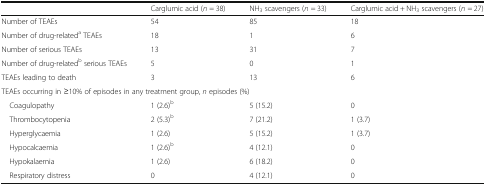
<table><thead><tr><td></td><td><b>Carglumic acid (<i>n</i> = 38)</b></td><td><b>NH<sub>3</sub> scavengers (<i>n</i> = 33)</b></td><td><b>Carglumic acid + NH<sub>3</sub> scavengers (<i>n</i> = 27)</b></td></tr></thead><tbody><tr><td>Number of TEAEs</td><td>54</td><td>85</td><td>18</td></tr><tr><td>Number of drug-related<sup>a</sup> TEAEs</td><td>18</td><td>1</td><td>6</td></tr><tr><td>Number of serious TEAEs</td><td>13</td><td>31</td><td>7</td></tr><tr><td>Number of drug-related<sup>b</sup> serious TEAEs</td><td>5</td><td>0</td><td>1</td></tr><tr><td>TEAEs leading to death</td><td>3</td><td>13</td><td>6</td></tr><tr><td colspan="4">TEAEs occurring in ≥10% of episodes in any treatment group, <i>n</i> episodes (%)</td></tr><tr><td> Coagulopathy</td><td>1 (2.6)<sup>b</sup></td><td>5 (15.2)</td><td>0</td></tr><tr><td> Thrombocytopenia</td><td>2 (5.3)<sup>b</sup></td><td>7 (21.2)</td><td>1 (3.7)</td></tr><tr><td> Hyperglycaemia</td><td>1 (2.6)</td><td>5 (15.2)</td><td>1 (3.7)</td></tr><tr><td> Hypocalcaemia</td><td>1 (2.6)<sup>b</sup></td><td>4 (12.1)</td><td>0</td></tr><tr><td> Hypokalaemia</td><td>1 (2.6)</td><td>6 (18.2)</td><td>0</td></tr><tr><td> Respiratory distress</td><td>0</td><td>4 (12.1)</td><td>0</td></tr></tbody></table>